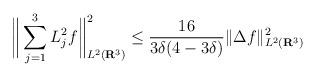
LaTeX: \begin{align*}\bigg\| \sum_{j=1}^3 L_j^2f \bigg\|_{L^2(\mathbf{R}^3)}^2 \leq \frac{16}{3\delta(4 - 3\delta)} \|\Delta f\|^{2}_{L^2(\mathbf{R}^3)}\end{align*}